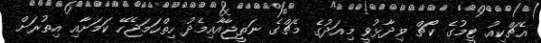
އެޗްކިއު ޓީމުގެ ކޯޗް ވިދާޅުވީ މިއަދުގެ މެޗްގެ ނަތީޖާއާއިމެދު ހިތްހަމަޖެހޭ ކަމަށާއި އިތުރަށް